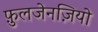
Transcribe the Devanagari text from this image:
फ़ुलजेनज़ियो